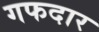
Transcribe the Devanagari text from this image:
गफदार